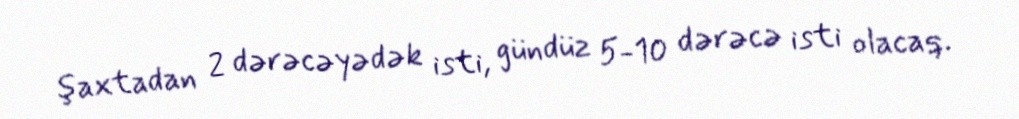
şaxtadan 2 dərəcəyədək isti, gündüz 5-10 dərəcə isti olacaq.